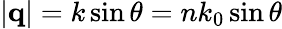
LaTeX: \left\vert\mathbf{q}\right\vert=k\sin\theta=nk_{0}\sin\theta